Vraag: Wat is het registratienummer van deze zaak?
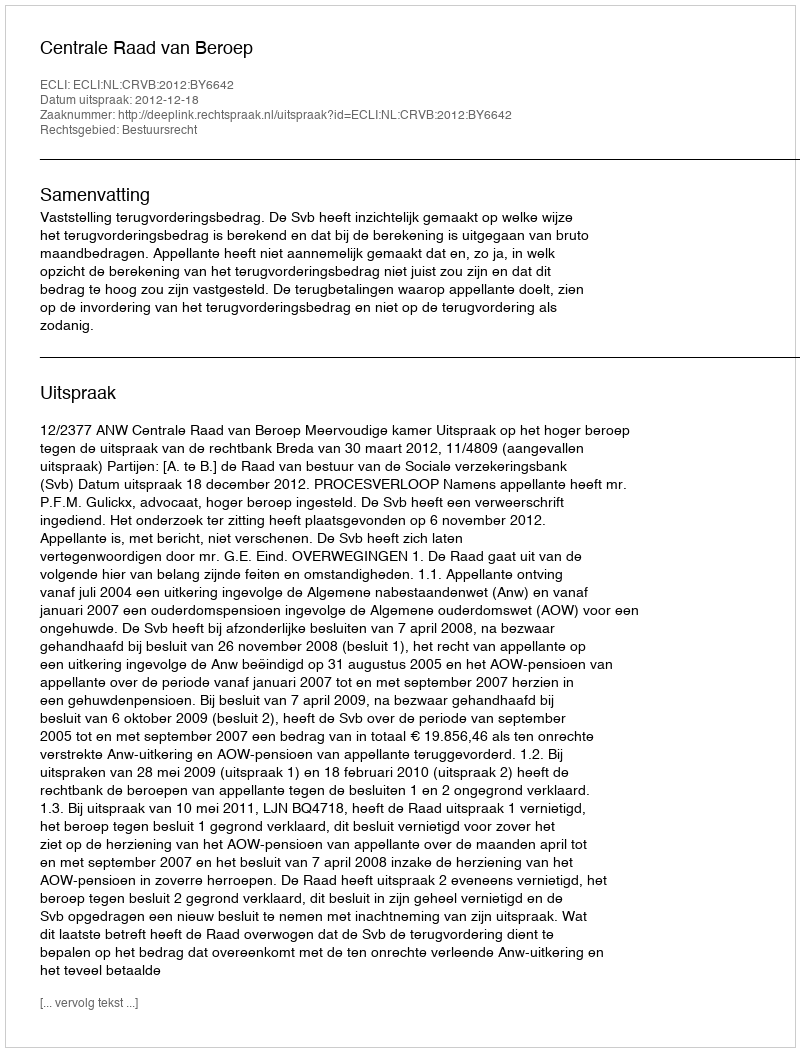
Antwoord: http://deeplink.rechtspraak.nl/uitspraak?id=ECLI:NL:CRVB:2012:BY6642